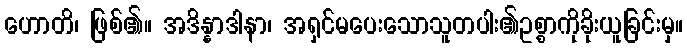
ဟောတိ၊ ဖြစ်၏။ အဒိန္နာဒါနာ၊ အရှင်မပေးသောသူတပါး၏ဥစ္စာကိုခိုးယူခြင်းမှ။